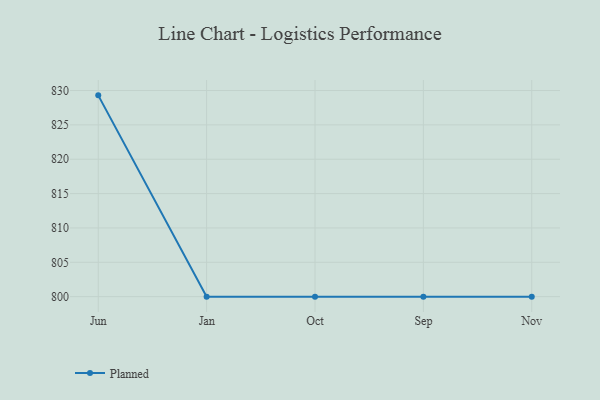
{"axis": {"x": "Month", "y": "Inventory Turnover"}, "legend": ["Planned"], "data": [{"x": "Jun", "y": 829.3, "type": "Planned"}, {"x": "Jan", "y": 800, "type": "Planned"}, {"x": "Oct", "y": 800, "type": "Planned"}, {"x": "Sep", "y": 800, "type": "Planned"}, {"x": "Nov", "y": 800, "type": "Planned"}]}